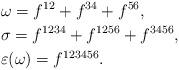
LaTeX: \begin{align*}&\omega=f^{12}+f^{34}+f^{56},\\&\sigma=f^{1234}+f^{1256}+f^{3456},\\&\varepsilon(\omega)=f^{123456}.\end{align*}